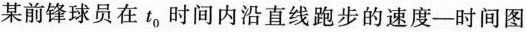
某前锋球员在t_{0}时间内沿直线跑步的速度-时间图